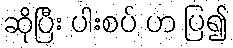
ဆိုပြီး ပါးစပ် ဟ ပြ၍